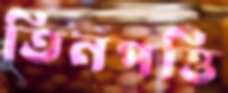
তিনপত্তি